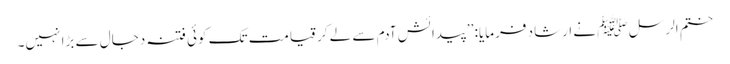
ختم الرسل ﷺ نے ارشاد فرمایا: ’’پیدائش آدم سے لے کر قیامت تک کوئی فتنہ دجال سے بڑا نہیں۔